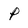
Character: p